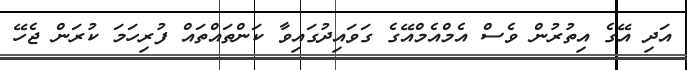
އަދި އޭގެ އިތުރުން ވެސް އެމްއެމްއޭގެ ގަވައިދުގައިވާ ކަންތައްތައް ފުރިހަމަ ކުރަން ޖެހޭ